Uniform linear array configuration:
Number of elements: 8
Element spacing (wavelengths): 1
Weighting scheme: blackman
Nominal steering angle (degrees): -45
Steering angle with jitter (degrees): -43.755
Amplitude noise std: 0.05
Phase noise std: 0.05

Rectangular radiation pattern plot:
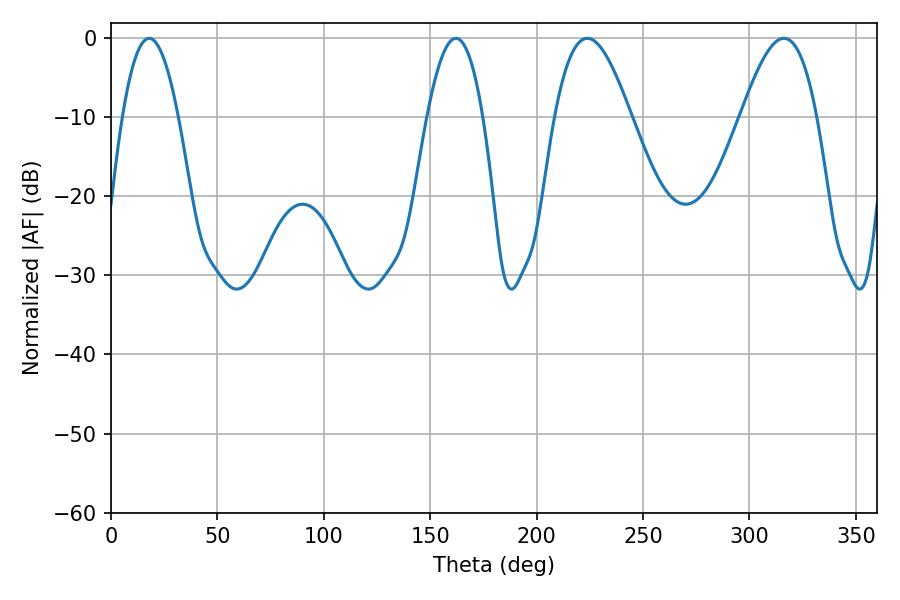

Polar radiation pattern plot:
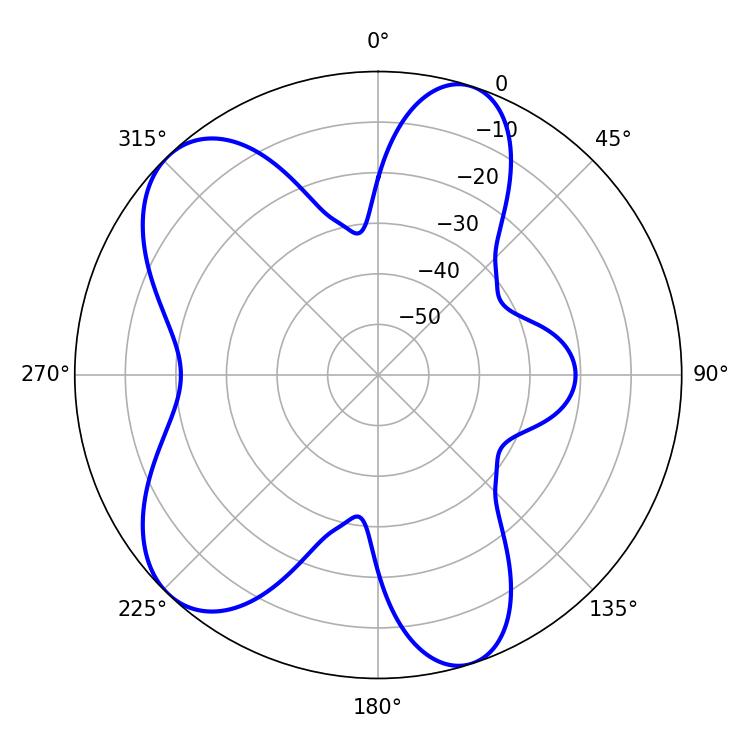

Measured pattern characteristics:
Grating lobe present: TRUE
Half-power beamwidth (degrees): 19.26
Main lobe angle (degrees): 223.74